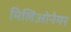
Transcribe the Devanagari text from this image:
मिलिओनेयर